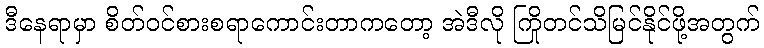
ဒီနေရာမှာ စိတ်ဝင်စားစရာကောင်းတာကတော့ အဲဒီလို ကြိုတင်သိမြင်နိုင်ဖို့အတွက်